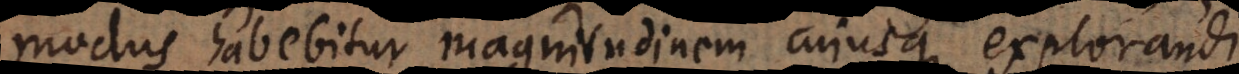
modus habebitur magnitudinem cujusque explorandi